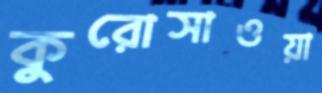
কুরোসাওয়া